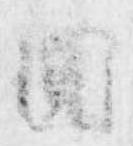
円